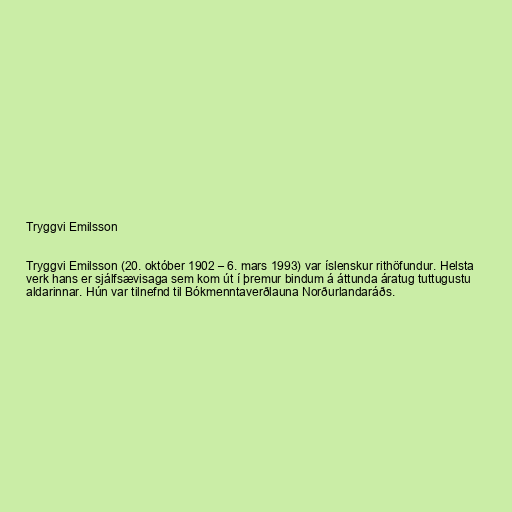
Tryggvi Emilsson

Tryggvi Emilsson (20. október 1902 – 6. mars 1993) var íslenskur rithöfundur. Helsta
verk hans er sjálfsævisaga sem kom út í þremur bindum á áttunda áratug tuttugustu
aldarinnar. Hún var tilnefnd til Bókmenntaverðlauna Norðurlandaráðs.